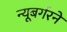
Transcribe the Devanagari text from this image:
न्यूबर्गरने